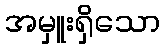
အမှူးရှိသော